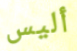
أليس